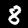
Digit: 8